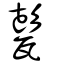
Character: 甏